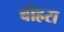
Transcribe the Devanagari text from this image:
बोह्ररा